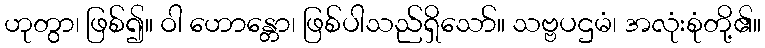
ဟုတွာ၊ ဖြစ်၍။ ဝါ ဟောန္တော၊ ဖြစ်ပါသည်ရှိသော်။ သဗ္ဗပဌမံ၊ အလုံးစုံတို့၏။